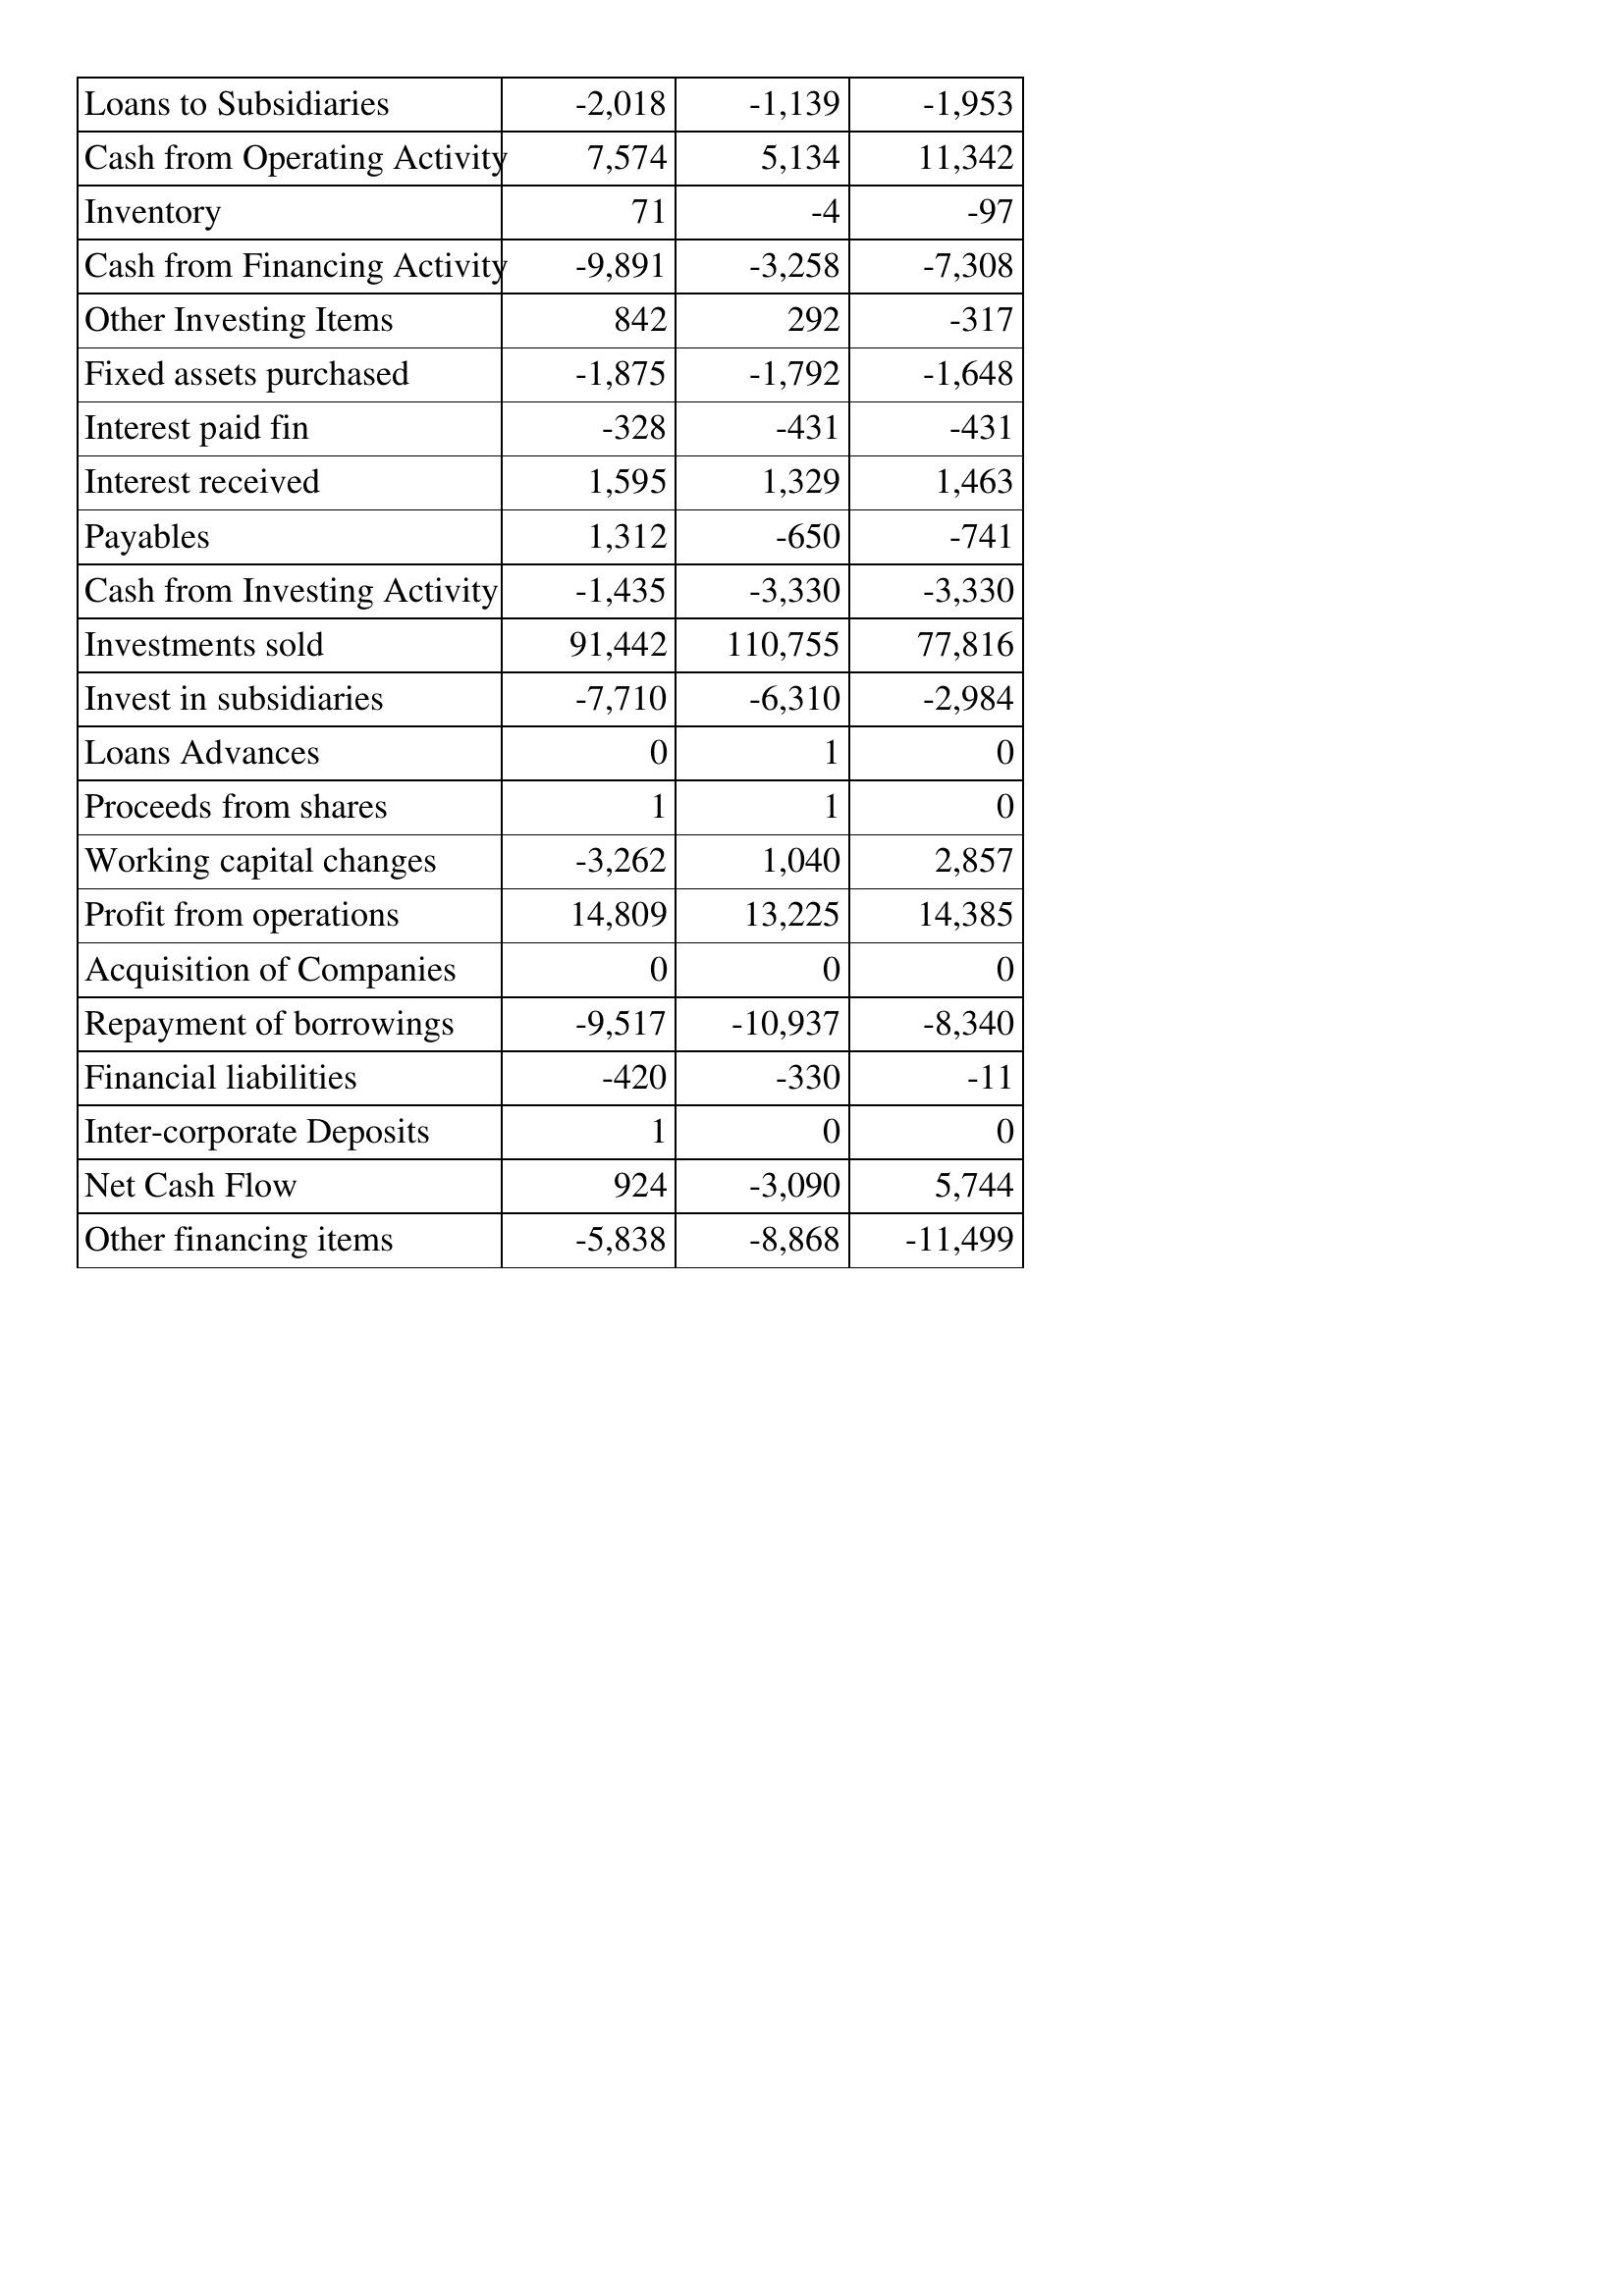
May-11: Cash Flows: Loans to Subsidiaries: -2,018
Cash from Operating Activity: 7,574
Inventory: 71
Cash from Financing Activity: -9,891
Other Investing Items: 842
Fixed assets purchased: -1,875
Interest paid fin: -328
Interest received: 1,595
Payables: 1,312
Cash from Investing Activity: -1,435
Investments sold: 91,442
Invest in subsidiaries: -7,710
Loans Advances: 0
Proceeds from shares: 1
Working capital changes: -3,262
Profit from operations: 14,809
Acquisition of Companies: 0
Repayment of borrowings: -9,517
Financial liabilities: -420
Inter-corporate Deposits: 1
Net Cash Flow: 924
Other financing items: -5,838
May-10: Cash Flows: Loans to Subsidiaries: -1,139
Cash from Operating Activity: 5,134
Inventory: -4
Cash from Financing Activity: -3,258
Other Investing Items: 292
Fixed assets purchased: -1,792
Interest paid fin: -431
Interest received: 1,329
Payables: -650
Cash from Investing Activity: -3,330
Investments sold: 110,755
Invest in subsidiaries: -6,310
Loans Advances: 1
Proceeds from shares: 1
Working capital changes: 1,040
Profit from operations: 13,225
Acquisition of Companies: 0
Repayment of borrowings: -10,937
Financial liabilities: -330
Inter-corporate Deposits: 0
Net Cash Flow: -3,090
Other financing items: -8,868
May-09: Cash Flows: Loans to Subsidiaries: -1,953
Cash from Operating Activity: 11,342
Inventory: -97
Cash from Financing Activity: -7,308
Other Investing Items: -317
Fixed assets purchased: -1,648
Interest paid fin: -431
Interest received: 1,463
Payables: -741
Cash from Investing Activity: -3,330
Investments sold: 77,816
Invest in subsidiaries: -2,984
Loans Advances: 0
Proceeds from shares: 0
Working capital changes: 2,857
Profit from operations: 14,385
Acquisition of Companies: 0
Repayment of borrowings: -8,340
Financial liabilities: -11
Inter-corporate Deposits: 0
Net Cash Flow: 5,744
Other financing items: -11,499